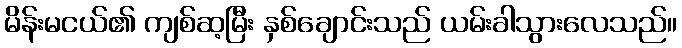
မိန်းမငယ်၏ ကျစ်ဆ့မြီး နှစ်ချောင်းသည် ယမ်းခါသွားလေသည်။